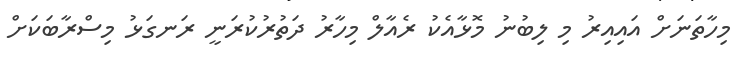
މިހާތަނަށް އައިއިރު މި ލިބުނު މޮޅާއެކު ރެއާލް މިހާރު ދަތުރުކުރަނީ ރަނގަޅު މިސްރާބަކަށް